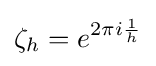
\zeta _{h}=e^{2\pi i{\frac {1}{h}}}